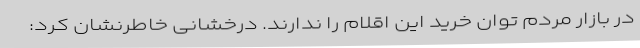
در بازار مردم توان خرید این اقلام را ندارند. درخشانی خاطرنشان کرد: